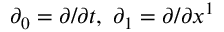
\partial _ { 0 } = \partial / \partial t , \ \partial _ { 1 } = \partial / \partial x ^ { 1 }